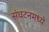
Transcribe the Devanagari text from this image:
संघटनमध्ये